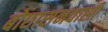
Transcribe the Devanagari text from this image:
बोछासनवासी